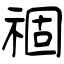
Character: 祻